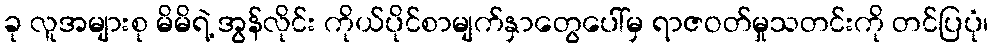
ခု လူအများစု မိမိရဲ့ အွန်လိုင်း ကိုယ်ပိုင်စာမျက်နှာတွေပေါ်မှ ရာဇဝတ်မှုသတင်းကို တင်ပြပုံ၊